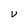
Character: V